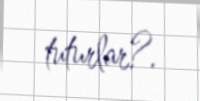
tuturlar?.